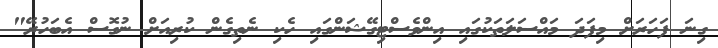
ގިނަ ފަހަރަށް މިފަދަ މައްސަލަތަކުގައި އިންވެސްޓިގޭޝަންގައި ހެކި ނެތިގެން ކުރިއަށް ނުގޮސް އެބަހުރޭ"